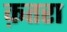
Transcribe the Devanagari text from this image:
क़तरा